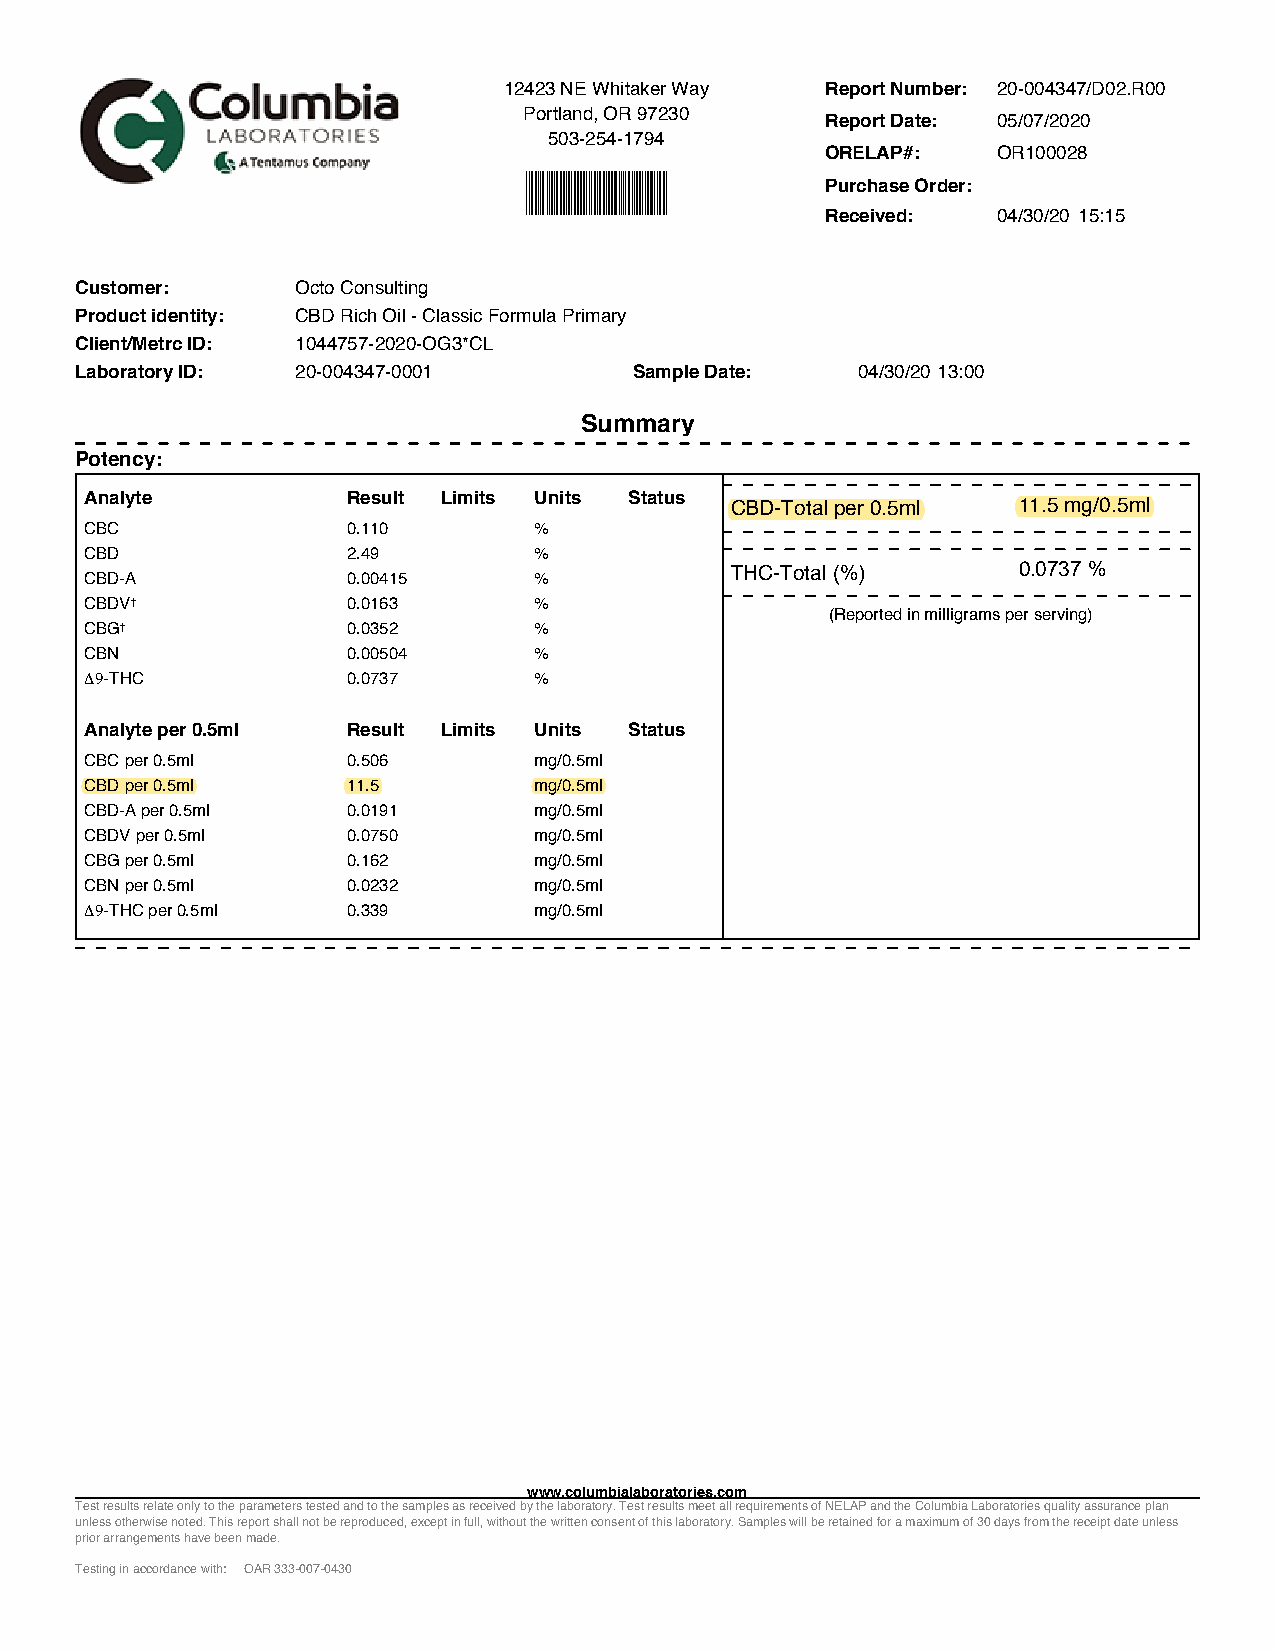
12423 NE Whitaker Way Report Number: 20-004347/D02.R00
 Portland, OR 97230  Report Date: 05/07/2020
 503-254-1794
 ORELAP#:   OR100028
 Purchase Order:
 Received:  04/30/20 15:15
 Customer:      Octo Consulting
 Product identity: CBD Rich Oil - Classic Formula Primary
 Client/Metrc ID: 1044757-2020-OG3*CL
 Laboratory ID: 20-004347-0001        Sample Date:   04/30/20 13:00
 Summary
 Potency:
 Analyte          Result Limits Units Status CBD-Totalper0.5ml 11.5 mg/0.5ml
 CBC              0.110       %
 CBD              2.49        %
 THC-Total (%)      0.0737 %
 CBD-A            0.00415     %
 CBDV†            0.0163      %
 (Reported in milligrams per serving)
 CBG†             0.0352      %
 CBN              0.00504     %
 ∆9-THC           0.0737      %
 Analyte per 0.5ml Result Limits Units Status
 CBCper0.5ml      0.506       mg/0.5ml
 CBDper0.5ml      11.5        mg/0.5ml
 CBD-Aper0.5ml    0.0191      mg/0.5ml
 CBDVper0.5ml     0.0750      mg/0.5ml
 CBGper0.5ml      0.162       mg/0.5ml
 CBNper0.5ml      0.0232      mg/0.5ml
 ∆9-THCper0.5ml   0.339       mg/0.5ml
 Page 1 of 15
 www.columbialaboratories.com
 Test results relate only to the parameters tested and to the samples as received by the laboratory. Test results meet all requirements of NELAP and the Columbia Laboratories quality assurance plan
 unless otherwise noted. This report shall not be reproduced, except in full, without the written consent of this laboratory. Samples will be retained for a maximum of 30 days from the receipt date unless
 prior arrangements have been made.
 Testing in accordance with: OAR 333-007-0430